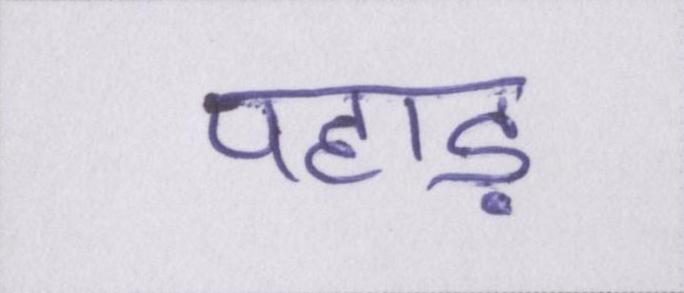
पहाड़